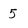
Character: 5